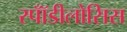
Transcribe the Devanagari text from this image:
स्पॉँडीलोसिस